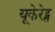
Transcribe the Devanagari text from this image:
यूकेरेट्स